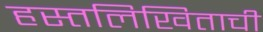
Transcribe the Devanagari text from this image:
हस्तलिखिताची